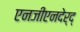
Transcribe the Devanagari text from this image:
एनजीएनदेर्द्